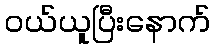
ဝယ်ယူပြီးနောက်